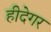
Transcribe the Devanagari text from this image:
हीदेगर